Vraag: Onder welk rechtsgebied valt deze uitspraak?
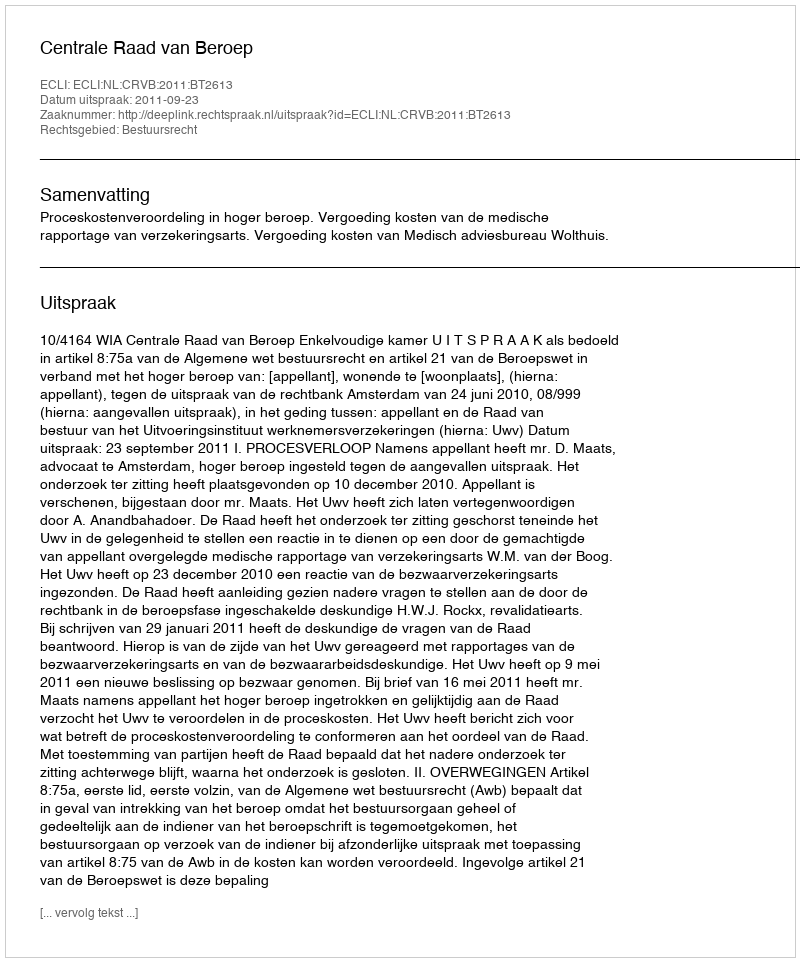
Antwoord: Bestuursrecht